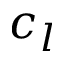
c _ { l }